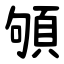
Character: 䪷